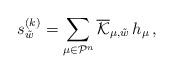
LaTeX: \begin{align*}s_{\tilde w}^{(k)} = \sum_{\mu\in\mathcal P^n}\overline{\mathcal K}_{\mu, \tilde w}\,h_\mu\,,\end{align*}